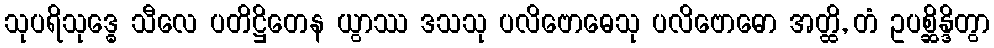
သုပရိသုဒ္ဓေ သီလေ ပတိဋ္ဌိတေန ယွာဿ ဒသသု ပလိဗောဓေသု ပလိဗောဓော အတ္ထိ, တံ ဥပစ္ဆိန္ဒိတွာ